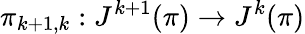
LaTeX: \pi_{k+1,k}:J^{k+1}(\pi)\to J^{k}(\pi)